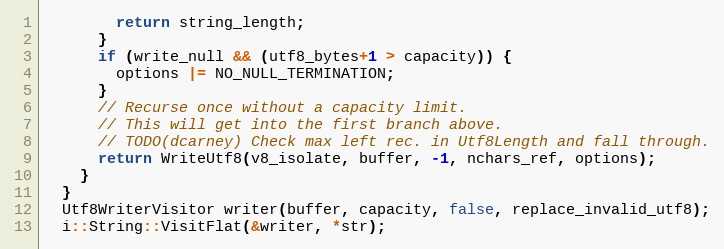
Language: C++
        return string_length;
      }
      if (write_null && (utf8_bytes+1 > capacity)) {
        options |= NO_NULL_TERMINATION;
      }
      // Recurse once without a capacity limit.
      // This will get into the first branch above.
      // TODO(dcarney) Check max left rec. in Utf8Length and fall through.
      return WriteUtf8(v8_isolate, buffer, -1, nchars_ref, options);
    }
  }
  Utf8WriterVisitor writer(buffer, capacity, false, replace_invalid_utf8);
  i::String::VisitFlat(&writer, *str);